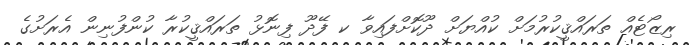
ރިޒޯޓެއް ތަރައްޤީކުރުމަށް ކުއްޔަށް ދޫކޮށްފައިވާ ކ ފޭދޫ ފިނޮޅު ތަރައްޤީކުރާ ކުންފުނިން އެރަށުގެ